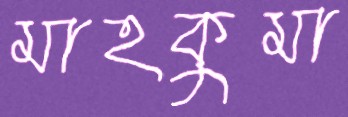
মাহকুমা